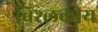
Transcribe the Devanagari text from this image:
विश्लकीय